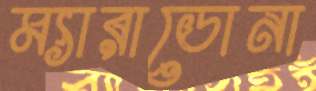
ম্যারাডোনা